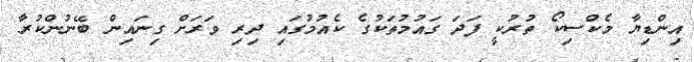
އިންޑިޔާ މެކްސިކޯ ތުރުކީ ފަދަ ގައުމުތަކުގެ ކެއުމުގައި ދިރި ވަރަށް ގިނައިން ބޭނުންކުރާ